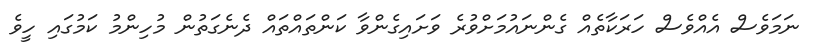
ނަމަވެސް އެއްވެސް ހަރަކާތެއް ގެންނައުމަށްވުރެ ވަށައިގެންވާ ކަންތައްތައް ދެނެގަތުން މުހިންމު ކަމުގައި ހީވެ